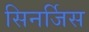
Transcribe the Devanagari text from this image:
सिनर्जिस